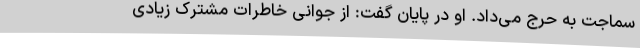
سماجت به حرج می‌داد. او در پایان گفت: از جوانی خاطرات مشترک زیادی